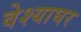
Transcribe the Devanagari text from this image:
वेश्याघर